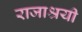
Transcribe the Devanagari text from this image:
राजाश्रयी